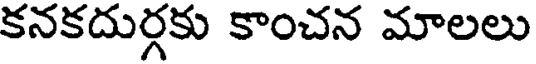
కనకదుర్గకు కాంచన మాలలు